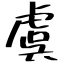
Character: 虞